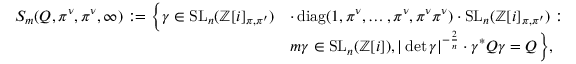
\begin{array} { r l } { S _ { m } ( Q , \pi ^ { \nu } , \pi ^ { \nu } , \infty ) : = \Bigl \{ \gamma \in \mathrm { S L } _ { n } ( \mathbb { Z } [ i ] _ { \pi , \pi ^ { \prime } } ) } & { \cdot \operatorname { d i a g } ( 1 , \pi ^ { \nu } , \dotsc , \pi ^ { \nu } , \pi ^ { \nu } \pi ^ { \nu } ) \cdot \mathrm { S L } _ { n } ( \mathbb { Z } [ i ] _ { \pi , \pi ^ { \prime } } ) : } \\ & { m \gamma \in \mathrm { S L } _ { n } ( \mathbb { Z } [ i ] ) , | \operatorname* { d e t } \gamma | ^ { - \frac { 2 } { n } } \cdot \gamma ^ { * } Q \gamma = Q \Bigr \} , } \end{array}